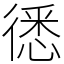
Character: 㣰